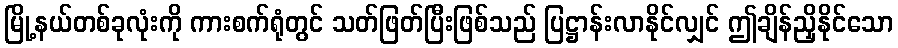
မြို့နယ်တစ်ခုလုံးကို ကားစက်ရုံတွင် သတ်ဖြတ်ပြီးဖြစ်သည် ပြဋ္ဌာန်းလာနိုင်လျှင် ဤချိန်ညှိနိုင်သော